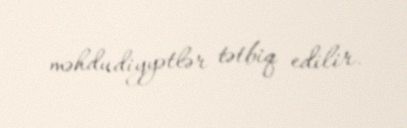
məhdudiyyətlər tətbiq edilir.